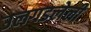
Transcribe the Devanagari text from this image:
उलगडलेली